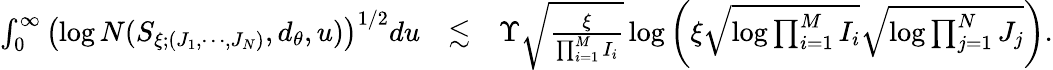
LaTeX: \begin{array}{rlr}{\int_{0}^{\infty}\left(\log N(S_{\xi;(J_{1},\cdots,J_{N})},d_{\theta},u)\right)^{1/2}du}&{\lesssim}&{\Upsilon\sqrt{\frac{\xi}{\prod_{i=1}^{M}I_{i}}}\log\left(\xi\sqrt{\log\prod_{i=1}^{M}I_{i}}\sqrt{\log\prod_{j=1}^{N}J_{j}}\right).}\end{array}